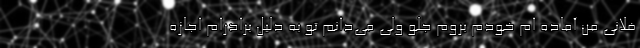
فلانی من آماده ام خودم بروم جلو ولی می‌دانم تو به دلیل برادرام اجازه